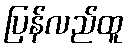
ပြန်လည်ထူ